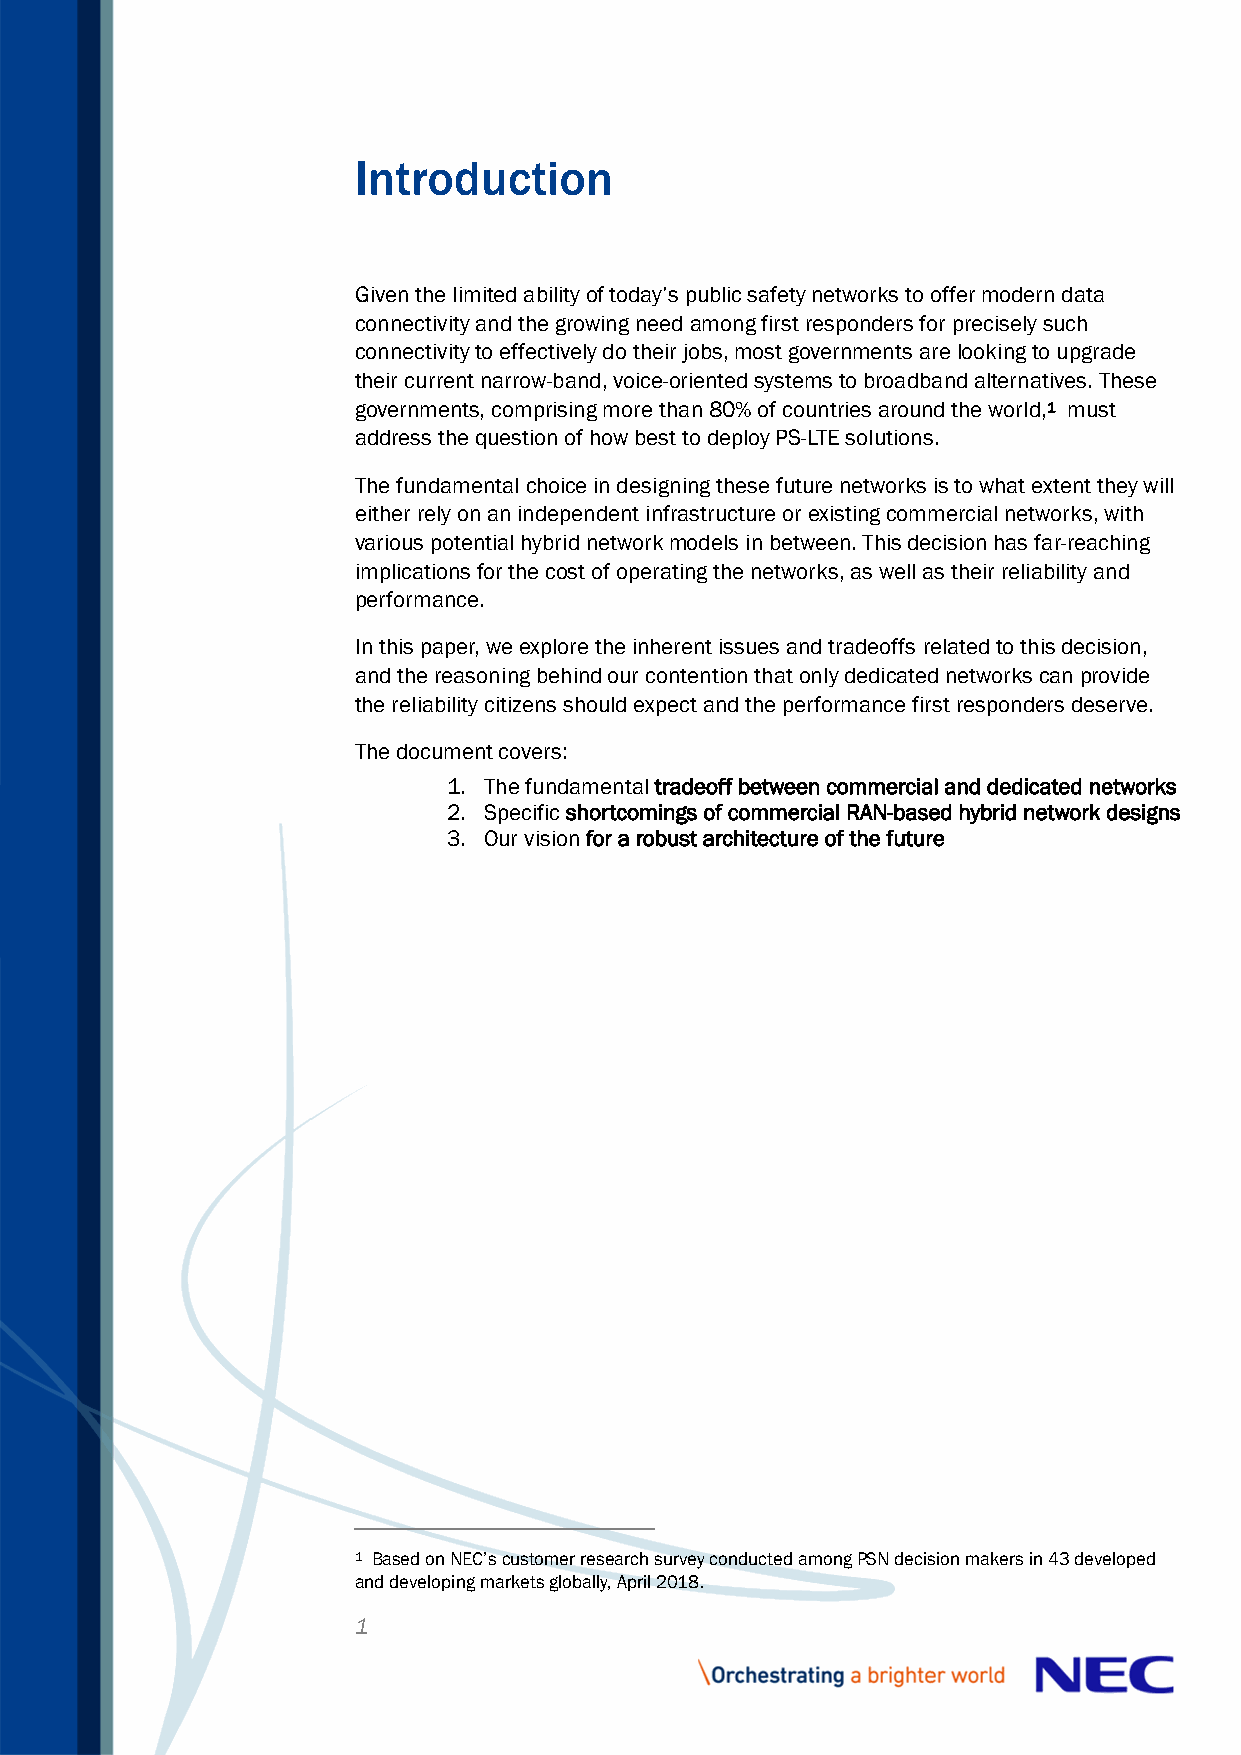
Introduction
 Given the limited ability of today’s public safety networks to offer modern data
 connectivity and the growing need among first responders for precisely such
 connectivity to effectively do their jobs, most governments are looking to upgrade
 their current narrow-band, voice-oriented systems to broadband alternatives. These
 governments, comprising more than 80% of countries around the world,1 must
 address the question of how best to deploy PS-LTE solutions.
 The fundamental choice in designing these future networks is to what extent they will
 either rely on an independent infrastructure or existing commercial networks, with
 various potential hybrid network models in between. This decision has far-reaching
 implications for the cost of operating the networks, as well as their reliability and
 performance.
 In this paper, we explore the inherent issues and tradeoffs related to this decision,
 and the reasoning behind our contention that only dedicated networks can provide
 the reliability citizens should expect and the performance first responders deserve.
 The document covers:
 1. The fundamental tradeoff between commercial and dedicated networks
 2. Specific shortcomings of commercial RAN-based hybrid network designs
 3. Our vision for a robust architecture of the future
 1 Based on NEC’s customer research survey conducted among PSN decision makers in 43 developed
 and developing markets globally, April 2018.
 1